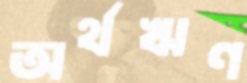
অর্থঋণ